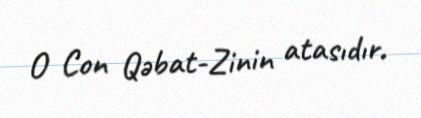
O Con Qəbat-Zinin atasıdır.